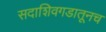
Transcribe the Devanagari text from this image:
सदाशिवगडातूनच